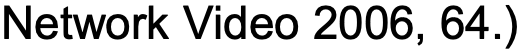
Network Video 2006, 64.)